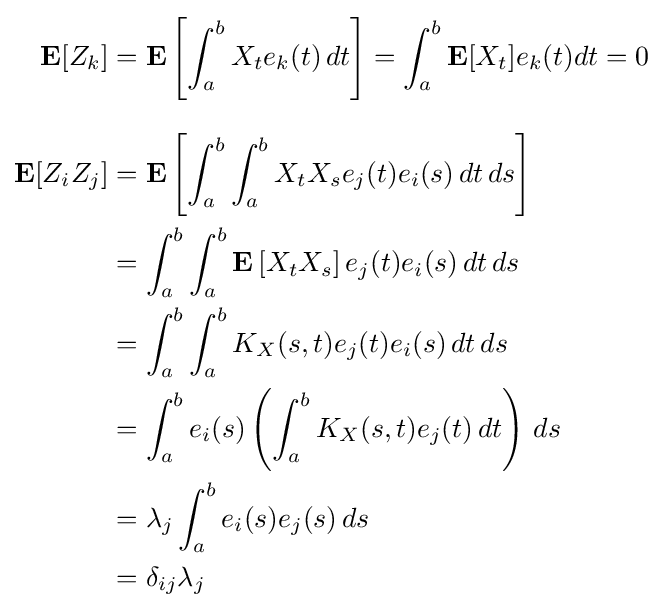
{\begin{aligned}\mathbf {E} [Z_{k}]&=\mathbf {E} \left[\int _{a}^{b}X_{t}e_{k}(t)\,dt\right]=\int _{a}^{b}\mathbf {E} [X_{t}]e_{k}(t)dt=0\\[8pt]\mathbf {E} [Z_{i}Z_{j}]&=\mathbf {E} \left[\int _{a}^{b}\int _{a}^{b}X_{t}X_{s}e_{j}(t)e_{i}(s)\,dt\,ds\right]\\&=\int _{a}^{b}\int _{a}^{b}\mathbf {E} \left[X_{t}X_{s}\right]e_{j}(t)e_{i}(s)\,dt\,ds\\&=\int _{a}^{b}\int _{a}^{b}K_{X}(s,t)e_{j}(t)e_{i}(s)\,dt\,ds\\&=\int _{a}^{b}e_{i}(s)\left(\int _{a}^{b}K_{X}(s,t)e_{j}(t)\,dt\right)\,ds\\&=\lambda _{j}\int _{a}^{b}e_{i}(s)e_{j}(s)\,ds\\&=\delta _{ij}\lambda _{j}\end{aligned}}